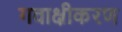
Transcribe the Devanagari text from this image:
गवाक्षीकरण